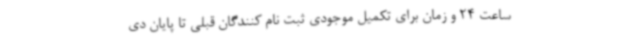
ساعت 24 و زمان برای تکمیل موجودی ثبت نام کنندگان قبلی تا پایان دی